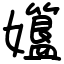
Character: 孂